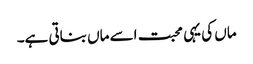
ماں کی یہی محبت اسے ماں بناتی ہے۔